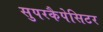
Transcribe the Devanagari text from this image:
सुपरकैपेसिटर